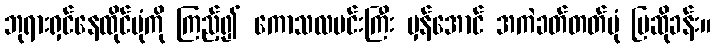
ဘုရားရှင်နေထိုင်ပုံကို ကြည့်၍ ကောသလမင်းကြီး မှန်အောင် အကဲခတ်တတ်ပုံ ပြဆိုခန်း။